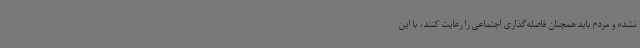
نشده و مردم باید همچنان فاصله‌گذاری اجتماعی را رعایت کنند، با این